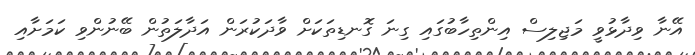
އޭނާ ވިދާޅުވީ މަޖިލިސް އިންތިހާބުގައި ގިނަ ގޮނޑިތަކަށް ވާދަކުރަން އަދާލަތުން ބޭނުންވި ކަމަށާއި